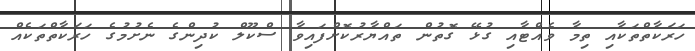
ހަރަކާތްތަކާއި ތިމާ ވެއްޓާއި ގުޅޭ ގޮތުން ތައްޔާރުކޮށްފައިވާ ސްކޫލް ކުދިންގެ ނެށުމުގެ ހަރަކާތްތަކެއް